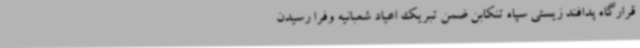
قرارگاه پدافند زیستی سپاه تنکابن ضمن تبریک اعیاد شعبانیه وفرا رسیدن